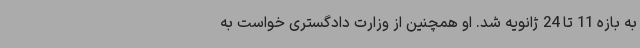
به بازه 11 تا 24 ژانویه شد. او همچنین از وزارت دادگستری خواست به